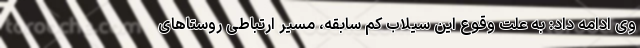
وی ادامه داد: به علت وقوع این سیلاب کم سابقه، مسیر ارتباطی روستاهای